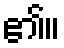
၏။